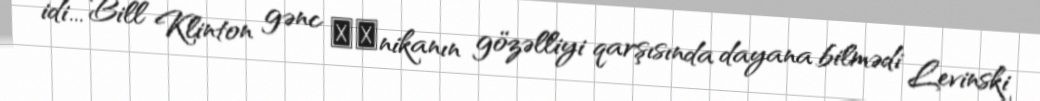
idi... Bill Klinton gənc Моnikanın gözəlliyi qarşısında dayana bilmədi Levinski